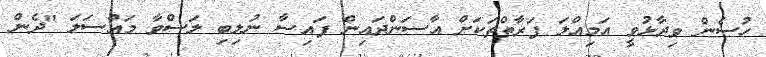
ހުސެން ވިދާޅުވީ އަމިއްލަ ފަރާތްތަކަށް އާސަންދައިން ފައިސާ ނުލިބި ލަސްވާ މައްސަލަ "ދެން